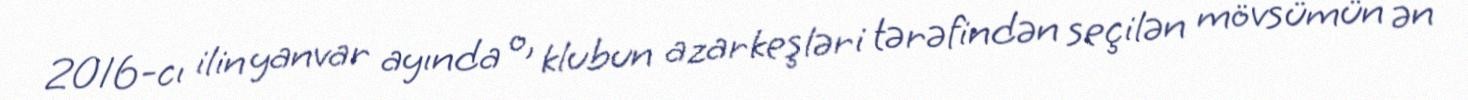
2016-cı ilin yanvar ayında o, klubun azarkeşləri tərəfindən seçilən mövsümün ən